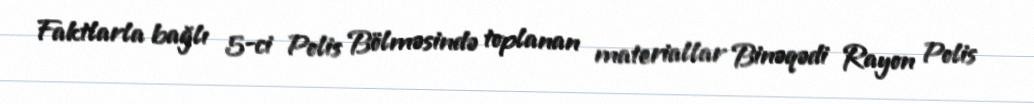
Faktlarla bağlı 5-ci Polis Bölməsində toplanan materiallar Binəqədi Rayon Polis